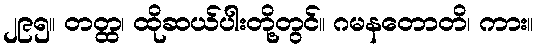
၂၉၅။ တတ္ထ၊ ထိုဆယ်ပါးတို့တွင်။ ဂမနတောတိ၊ ကား။